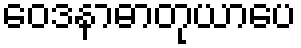
ဝေဒနာဓာတုယာပေ